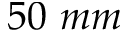
5 0 ~ m m